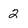
Character: 2